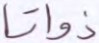
ذواتا